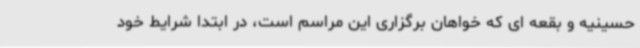
حسینیه و بقعه ای که خواهان برگزاری این مراسم است، در ابتدا شرایط خود